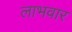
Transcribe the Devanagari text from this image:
लाभवार